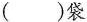
()袋